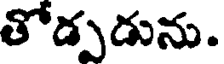
తోడ్పడును.